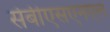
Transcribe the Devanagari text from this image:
सेबीएसएनएल